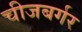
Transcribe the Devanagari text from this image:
चीजबर्गर